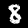
Digit: 8